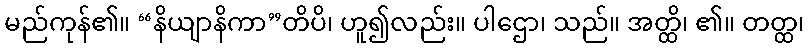
မည်ကုန်၏။ “နိယျာနိကာ”တိပိ၊ ဟူ၍လည်း။ ပါဌော၊ သည်။ အတ္ထိ၊ ၏။ တတ္ထ၊